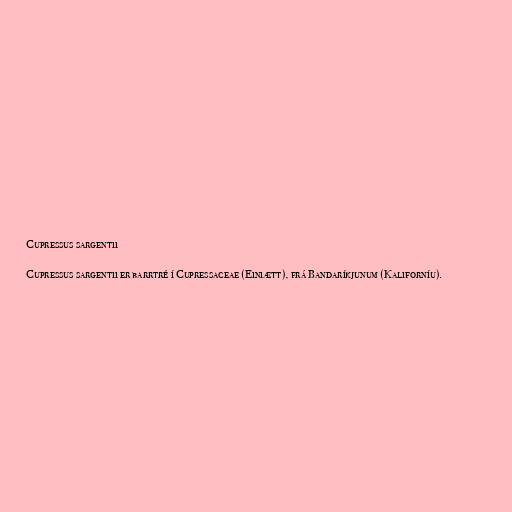
Cupressus sargentii

Cupressus sargentii er barrtré í Cupressaceae (Einiætt), frá Bandaríkjunum (Kaliforníu).